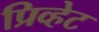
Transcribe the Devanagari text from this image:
प्रिव्हेट